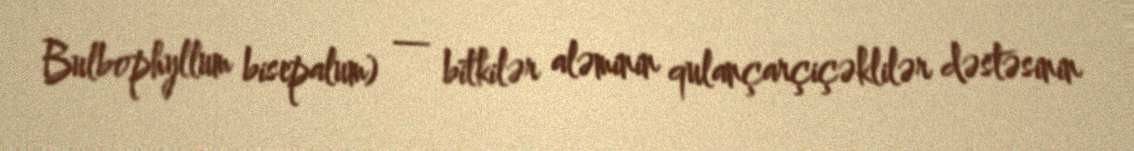
Bulbophyllum bisepalum) — bitkilər aləminin qulançarçiçəklilər dəstəsinin